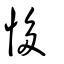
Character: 恀